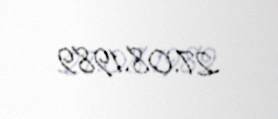
27.08.1989